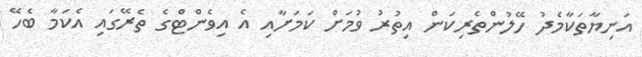
އަނިޔާތަކާމެދު ހޭލުންތެރިކަން އިތުރު ވުމަށް ކަމަށާއި އެ އިވެންޓްގެ ތެރޭގައި އެކަމާ ބެހޭ